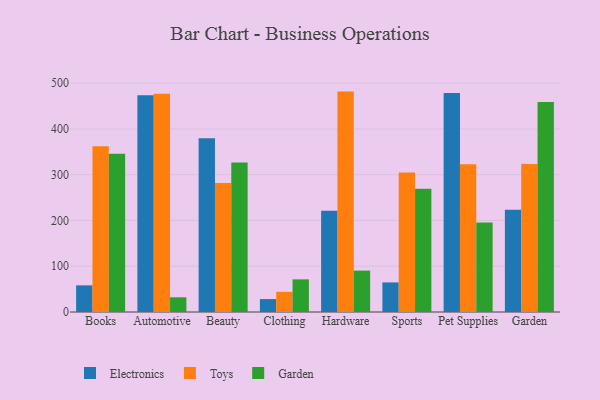
{"axis": {"x": "Category", "y": "Budget (USD K)"}, "legend": ["Electronics", "Garden", "Toys"], "data": [{"x": "Books", "y": 58.2, "type": "Electronics"}, {"x": "Books", "y": 362.0, "type": "Toys"}, {"x": "Books", "y": 345.7, "type": "Garden"}, {"x": "Automotive", "y": 473.7, "type": "Electronics"}, {"x": "Automotive", "y": 476.6, "type": "Toys"}, {"x": "Automotive", "y": 32.1, "type": "Garden"}, {"x": "Beauty", "y": 379.5, "type": "Electronics"}, {"x": "Beauty", "y": 282.0, "type": "Toys"}, {"x": "Beauty", "y": 326.4, "type": "Garden"}, {"x": "Clothing", "y": 28.2, "type": "Electronics"}, {"x": "Clothing", "y": 44.1, "type": "Toys"}, {"x": "Clothing", "y": 71.3, "type": "Garden"}, {"x": "Hardware", "y": 221.0, "type": "Electronics"}, {"x": "Hardware", "y": 481.4, "type": "Toys"}, {"x": "Hardware", "y": 90.4, "type": "Garden"}, {"x": "Sports", "y": 64.6, "type": "Electronics"}, {"x": "Sports", "y": 304.7, "type": "Toys"}, {"x": "Sports", "y": 269.4, "type": "Garden"}, {"x": "Pet Supplies", "y": 478.4, "type": "Electronics"}, {"x": "Pet Supplies", "y": 322.9, "type": "Toys"}, {"x": "Pet Supplies", "y": 195.4, "type": "Garden"}, {"x": "Garden", "y": 223.1, "type": "Electronics"}, {"x": "Garden", "y": 323.5, "type": "Toys"}, {"x": "Garden", "y": 458.5, "type": "Garden"}]}